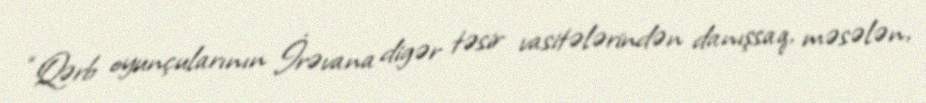
“Qərb oyunçularının İrəvana digər təsir vasitələrindən danışsaq, məsələn,